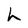
Character: h